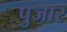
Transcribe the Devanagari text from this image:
पुजार